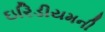
ઇરિડીયમની